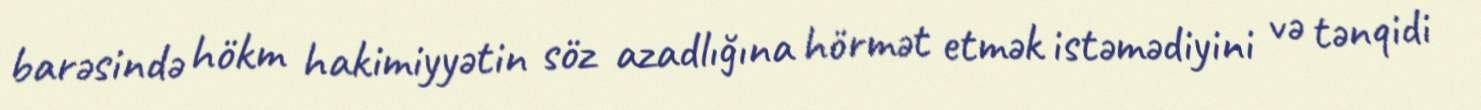
barəsində hökm hakimiyyətin söz azadlığına hörmət etmək istəmədiyini və tənqidi